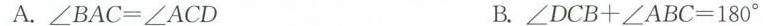
A.$$\angleBAC=\angleACD$$